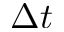
\Delta t